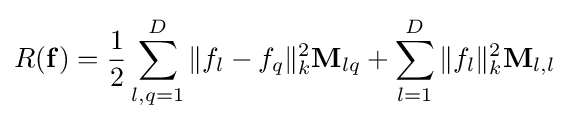
R(\mathbf {f} )={\frac {1}{2}}\sum \limits _{l,q=1}^{D}\Vert f_{l}-f_{q}\Vert _{k}^{2}\mathbf {M} _{lq}+\sum \limits _{l=1}^{D}\Vert f_{l}\Vert _{k}^{2}\mathbf {M} _{l,l}